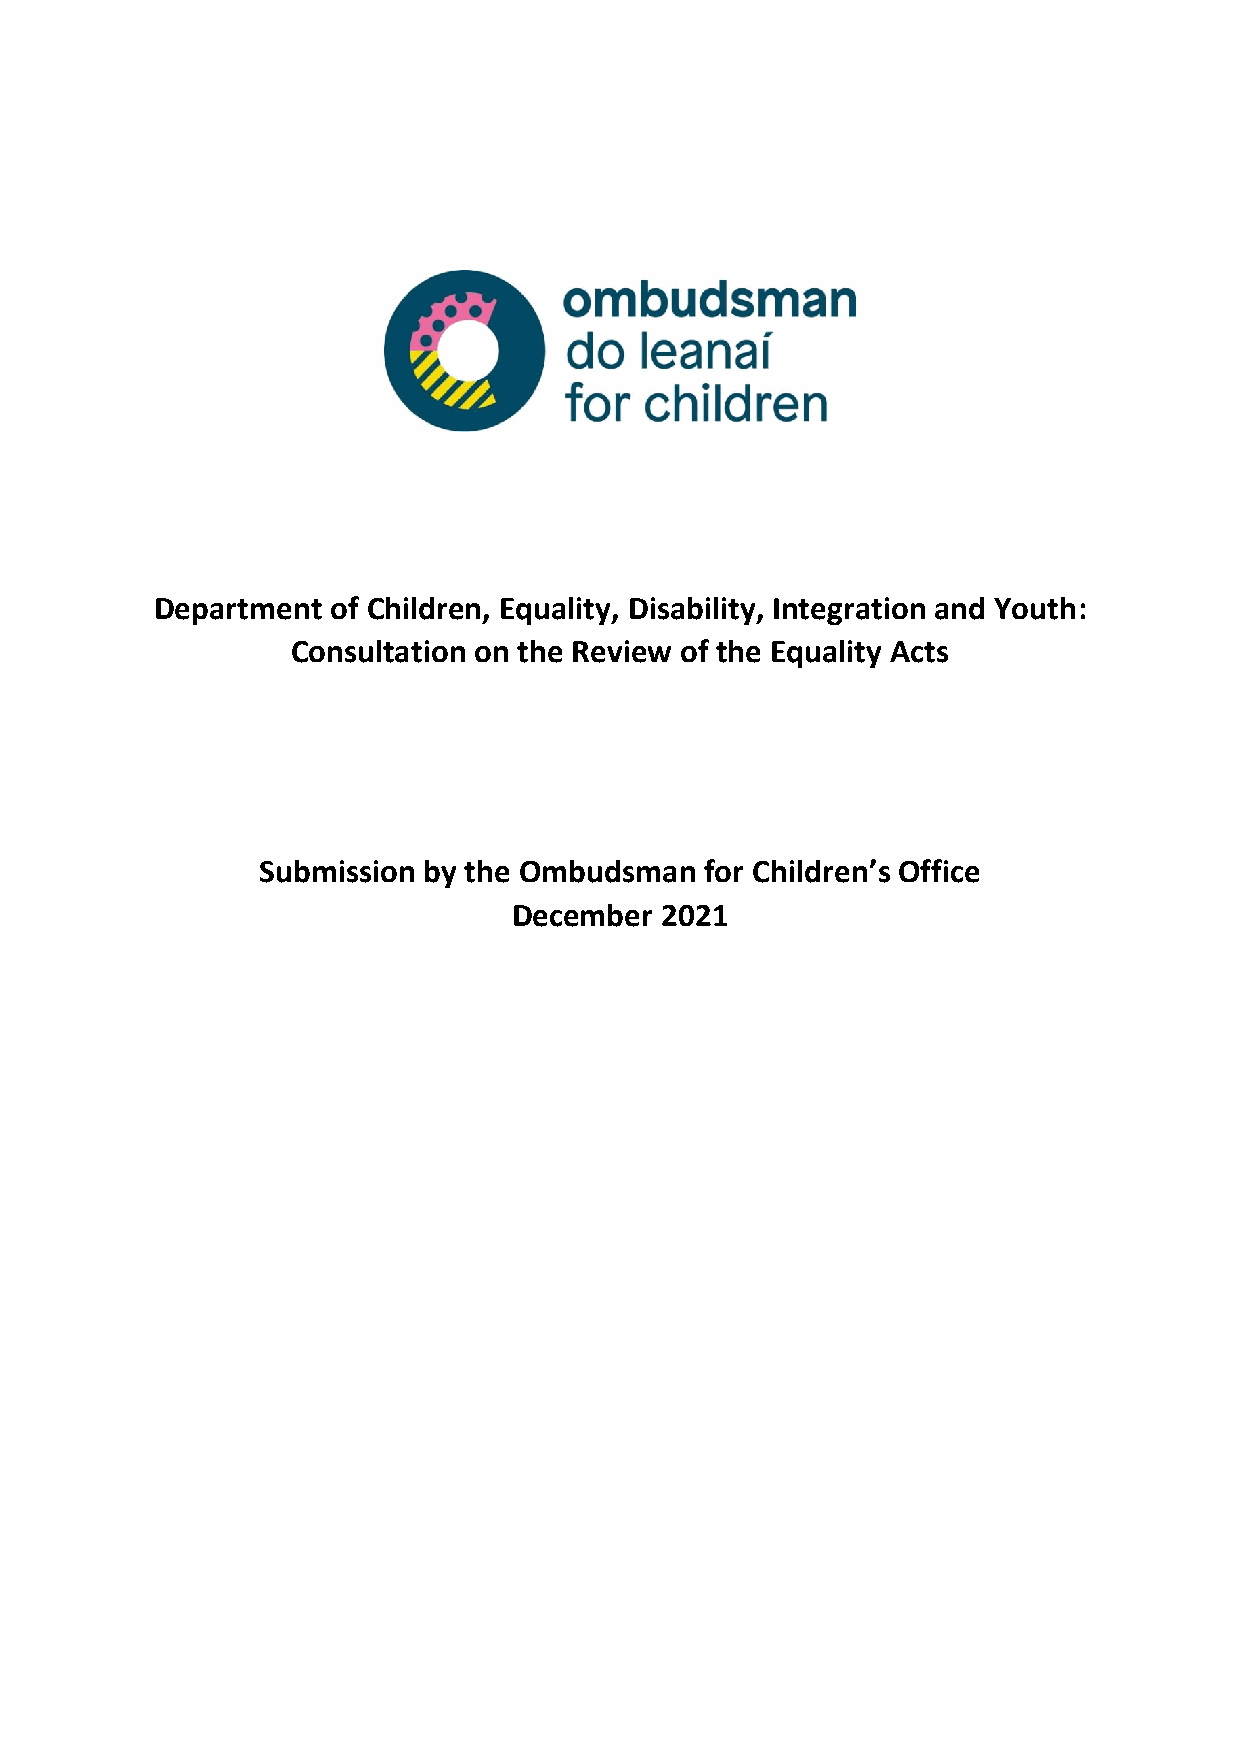
Department  of Children, Equality, Disability, Integration and Youth:
 Consultation on the Review of the Equality Acts
 Submission by the Ombudsman   for Children’s Office
 December  2021